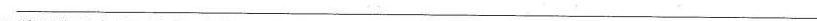
————————————————